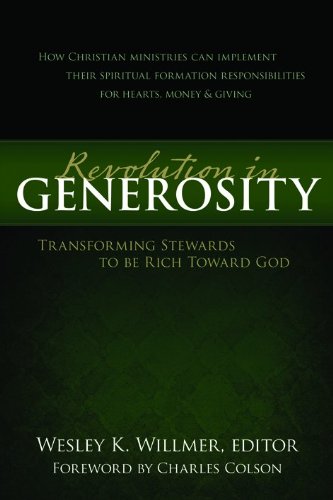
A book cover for Revolution in Generosity: Transforming Stewards To Be Rich Toward God; Christian Books & Bibles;